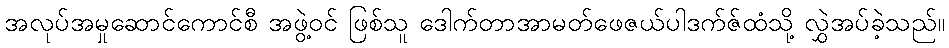
အလုပ်အမှုဆောင်ကောင်စီ အဖွဲ့ဝင် ဖြစ်သူ ဒေါက်တာအာမတ်ဖေဇယ်ပါဒက်ဇ်ထံသို့ လွှဲအပ်ခဲ့သည်။